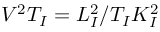
V ^ { 2 } T _ { I } = L _ { I } ^ { 2 } / T _ { I } K _ { I } ^ { 2 }